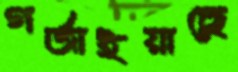
গর্জাইয়াছে